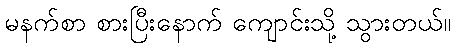
မနက်စာ စားပြီးနောက် ကျောင်းသို့ သွားတယ်။